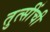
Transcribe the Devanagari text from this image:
तुत्‍सींची